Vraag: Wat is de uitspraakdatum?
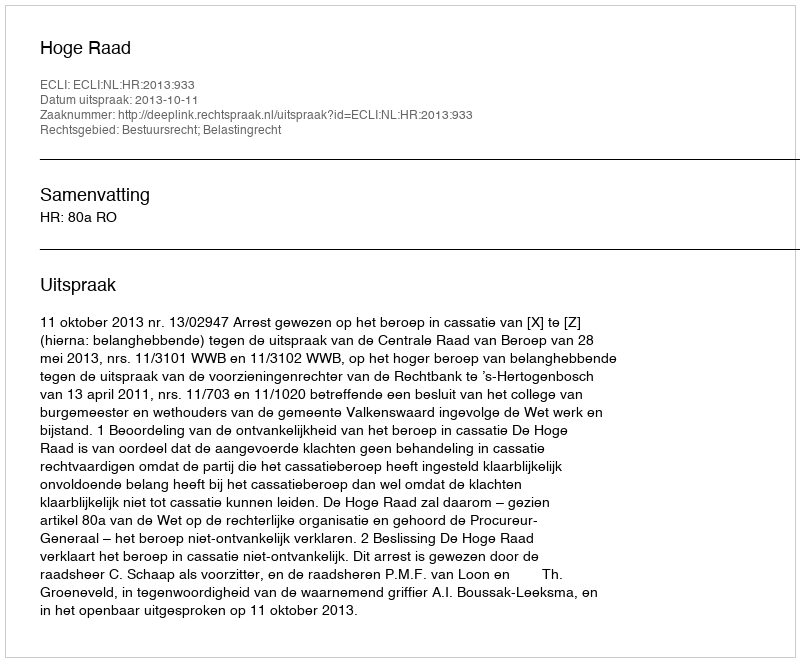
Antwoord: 2013-10-11